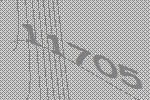
11705